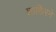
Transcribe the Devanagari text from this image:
शाकिरने